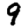
Digit: 9